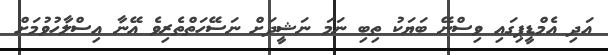
އަދި އެމްޑީޕިގައި ވިސްނޭ ބަޔަކު ތިބި ނަމަ ނަޝީދަށް ނަސޭހަތްތެރިވެ އޭނާ އިސްލާހުވުމަށް